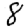
Digit: 8